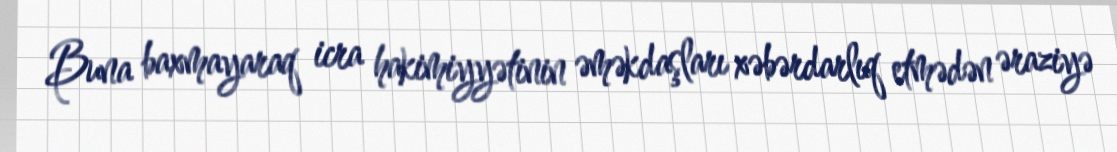
Buna baxmayaraq icra hakimiyyətinin əməkdaşları xəbərdarlıq etmədən əraziyə